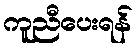
ကူညီပေးရန်